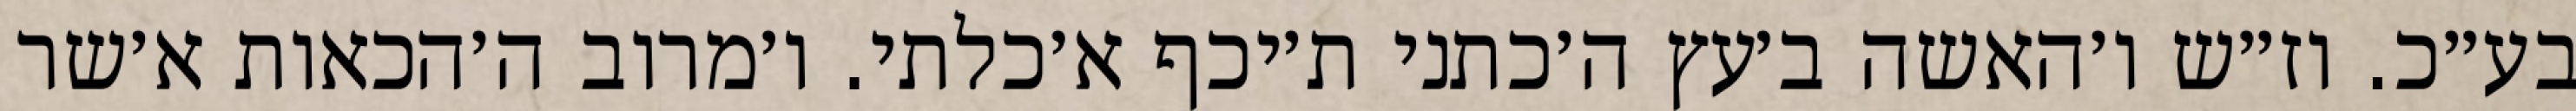
בע״כ. וז״ש ו׳האשה ב׳עץ ה׳כתני ת׳יכף א׳כלתי. ו׳מרוב ה׳הכאות א׳שר